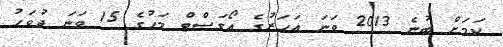
ކަމަށް ބުނެ 2013 ވަނަ އަހަރުގެ އޯގަސްޓް މަހުގެ 15 ވަނަ ދުވަހު